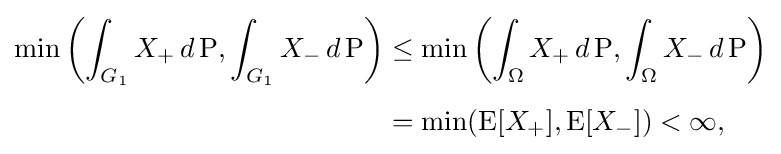
{\begin{aligned}\min \left(\int _{G_{1}}X_{+}\,d\operatorname {P} ,\int _{G_{1}}X_{-}\,d\operatorname {P} \right)&\leq \min \left(\int _{\Omega }X_{+}\,d\operatorname {P} ,\int _{\Omega }X_{-}\,d\operatorname {P} \right)\\[4pt]&=\min(\operatorname {E} [X_{+}],\operatorname {E} [X_{-}])<\infty ,\end{aligned}}